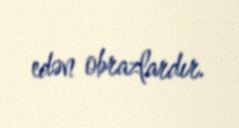
edən obrazlardır.